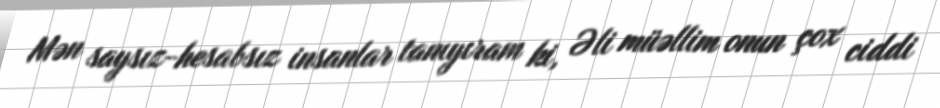
Mən saysız-hesabsız insanlar tanıyıram ki, Əli müəllim onun çox ciddi